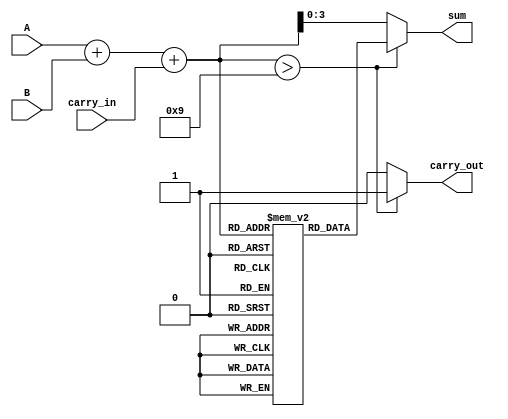
module BCD_LUT_Adder (
    input  wire [3:0] A,          // BCD digit A
    input  wire [3:0] B,          // BCD digit B
    input  wire carry_in,          // Carry input
    output reg  [3:0] sum,         // BCD result
    output reg  carry_out          // Carry output
);

    reg [4:0] binary_sum;          // 5-bit to hold initial sum
    reg [3:0] lut [0:18];          // Look-Up Table to hold BCD values for sums 0-18
    integer i;                     // Loop index

    // Initialize LUT for BCD correction
    initial begin
        // Fill LUT for valid BCD ranges
        for (i = 0; i <= 9; i = i + 1) begin
            lut[i] = i;            // Valid BCD digits (0-9)
        end
        // Fill LUT for sums from 10 to 18 where adjustment is necessary
        lut[10] = 4'b0000; // Adjusted to '0' with carry
        lut[11] = 4'b0001; // Adjusted to '1'
        lut[12] = 4'b0010; // Adjusted to '2'
        lut[13] = 4'b0011; // Adjusted to '3'
        lut[14] = 4'b0100; // Adjusted to '4'
        lut[15] = 4'b0101; // Adjusted to '5'
        lut[16] = 4'b0110; // Adjusted to '6'
        lut[17] = 4'b0111; // Adjusted to '7'
        lut[18] = 4'b1000; // Adjusted to '8'
    end

    always @(*) begin
        // Step 1: Initial binary addition
        binary_sum = A + B + carry_in;

        // Step 2: Check for BCD correction
        if (binary_sum > 9) begin
            sum = lut[binary_sum];  // Use the LUT for the corrected BCD value
            carry_out = 1'b1;        // Set carry_out because we went over 9
        end else begin
            sum = binary_sum[3:0];   // Valid BCD, no correction needed
            carry_out = 1'b0;        // No carry out
        end
    end

endmodule